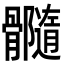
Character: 𩪷